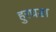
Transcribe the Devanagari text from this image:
हुरघडा